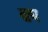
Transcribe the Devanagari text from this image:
ढ्य